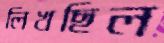
লিখছিল